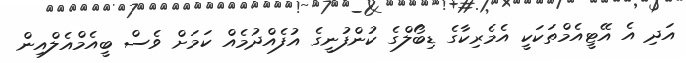
އަދި އެ އޭޓީއެމްތަކަކީ އެމެރިކާގެ ޑިބޯލްގެ ކުންފުނީގެ އުފެއްދުމެއް ކަމަށް ވެސް ބީއެމްއެލްއިން